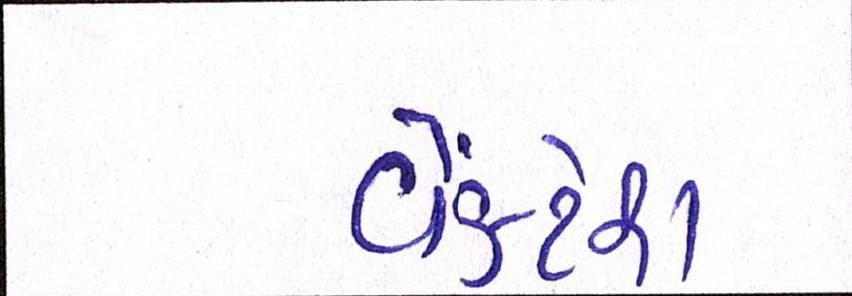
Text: વેંકટેશ